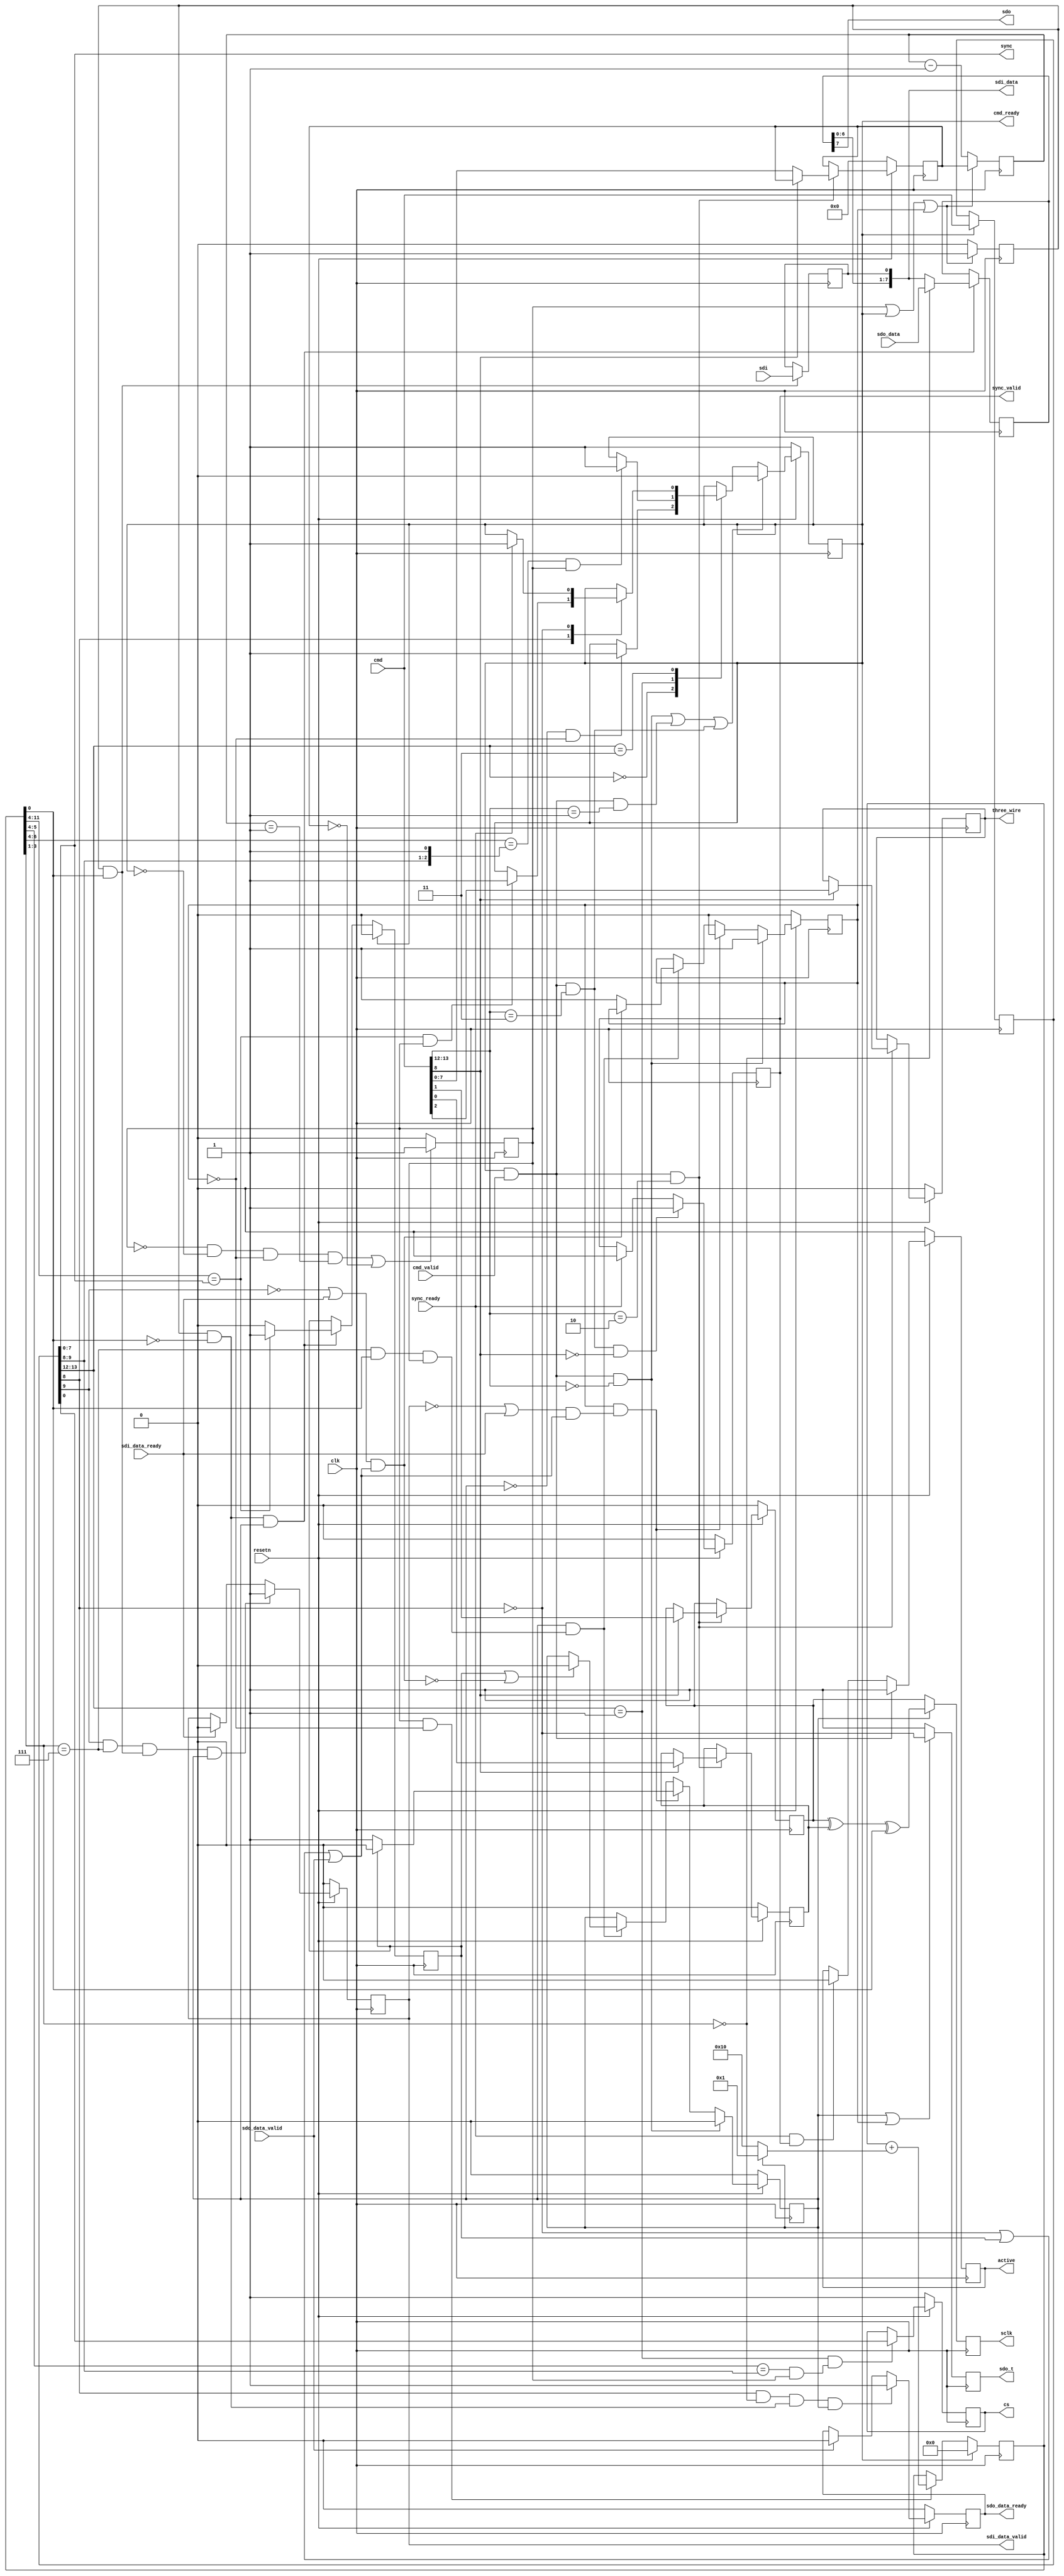
module spi_engine_execution (
	input clk,
	input resetn,

	output reg active,

	output cmd_ready,
	input cmd_valid,
	input [15:0] cmd,

	input sdo_data_valid,
	output reg sdo_data_ready,
	input [7:0] sdo_data,

	input sdi_data_ready,
	output reg sdi_data_valid,
	output [7:0] sdi_data,

	input sync_ready,
	output reg sync_valid,
	output [7:0] sync,

	output reg sclk,
	output sdo,
	output reg sdo_t,
	input sdi,
	output reg [NUM_OF_CS-1:0] cs,
	output reg three_wire
);

parameter NUM_OF_CS = 1;
parameter DEFAULT_SPI_CFG = 0;
parameter DEFAULT_CLK_DIV = 0;

localparam CMD_TRANSFER	= 2'b00;
localparam CMD_CHIPSELECT = 2'b01;
localparam CMD_WRITE = 2'b10;
localparam CMD_MISC = 2'b11;

localparam MISC_SYNC = 1'b0;
localparam MISC_SLEEP = 1'b1;

localparam REG_CLK_DIV = 1'b0;
localparam REG_CONFIG = 1'b1;

reg idle;

reg [7:0] clk_div_counter = 'h00;
reg [7:0] clk_div_counter_next = 'h00;
reg clk_div_last;

reg [11:0] counter = 'h00;

wire [7:0] sleep_counter = counter[11:4];
wire [1:0] cs_sleep_counter = counter[5:4];
wire [2:0] cs_sleep_counter2 = counter[6:4];
wire [2:0] bit_counter = counter[3:1];
wire [7:0] transfer_counter = counter[11:4];
wire ntx_rx = counter[0];

reg trigger = 1'b0;
reg trigger_next = 1'b0;
reg wait_for_io = 1'b0;
reg transfer_active = 1'b0;

wire last_bit;
wire first_bit;
reg last_transfer;
wire end_of_word;

assign first_bit = bit_counter == 'h0;
assign last_bit = bit_counter == 'h7;
assign end_of_word = last_bit == 1'b1 && ntx_rx == 1'b1 && clk_div_last == 1'b1;

reg [15:0] cmd_d1;

reg cpha = DEFAULT_SPI_CFG[0];
reg cpol = DEFAULT_SPI_CFG[1];
reg [7:0] clk_div = DEFAULT_CLK_DIV;

wire sdo_enabled = cmd_d1[8];
wire sdi_enabled = cmd_d1[9];

reg [8:0] data_shift = 'h0;

wire [1:0] inst = cmd[13:12];
wire [1:0] inst_d1 = cmd_d1[13:12];

wire exec_cmd = cmd_ready && cmd_valid;
wire exec_transfer_cmd = exec_cmd && inst == CMD_TRANSFER;
wire exec_write_cmd = exec_cmd && inst == CMD_WRITE;
wire exec_chipselect_cmd = exec_cmd && inst == CMD_CHIPSELECT;
wire exec_misc_cmd = exec_cmd && inst == CMD_MISC;
wire exec_sync_cmd = exec_misc_cmd && cmd[8] == MISC_SYNC;

assign cmd_ready = idle;

always @(posedge clk) begin
	if (cmd_ready)
		cmd_d1 <= cmd;
end

always @(posedge clk) begin
	if (resetn == 1'b0) begin
		active <= 1'b0;
	end else begin
		if (exec_cmd == 1'b1)
			active <= 1'b1;
		else if (sync_ready == 1'b1 && sync_valid == 1'b1)
			active <= 1'b0;
	end
end

always @(posedge clk) begin
	if (resetn == 1'b0) begin
		cpha <= DEFAULT_SPI_CFG[0];
		cpol <= DEFAULT_SPI_CFG[1];
		three_wire <= DEFAULT_SPI_CFG[2];
		clk_div <= DEFAULT_CLK_DIV;
	end else if (exec_write_cmd == 1'b1) begin
		 if (cmd[8] == REG_CONFIG) begin
			cpha <= cmd[0];
			cpol <= cmd[1];
			three_wire <= cmd[2];
		end else if (cmd[8] == REG_CLK_DIV) begin
			clk_div <= cmd[7:0];
		end
	end
end

always @(posedge clk) begin
	if ((clk_div_last == 1'b0 && idle == 1'b0 && wait_for_io == 1'b0 &&
		clk_div_counter == 'h01) || clk_div == 'h00)
		clk_div_last <= 1'b1;
	else
		clk_div_last <= 1'b0;
end

always @(posedge clk) begin
	if (clk_div_last == 1'b1 || idle == 1'b1 || wait_for_io == 1'b1) begin
		clk_div_counter <= clk_div;
		trigger <= 1'b1;
	end else begin
		clk_div_counter <= clk_div_counter - 1'b1;
		trigger <= 1'b0;
	end
end

wire trigger_tx = trigger == 1'b1 && ntx_rx == 1'b0;
wire trigger_rx = trigger == 1'b1 && ntx_rx == 1'b1;

wire sleep_counter_compare = sleep_counter == cmd_d1[7:0] && clk_div_last == 1'b1;
wire cs_sleep_counter_compare = cs_sleep_counter == cmd_d1[9:8] && clk_div_last == 1'b1;
wire cs_sleep_counter_compare2 = cs_sleep_counter2 == {cmd_d1[9:8],1'b1} && clk_div_last == 1'b1;

always @(posedge clk) begin
	if (idle == 1'b1)
		counter <= 'h00;
	else if (clk_div_last == 1'b1 && wait_for_io == 1'b0)
		counter <= counter + (transfer_active ? 'h1 : 'h10);
end

always @(posedge clk) begin
	if (resetn == 1'b0) begin
		idle <= 1'b1;
	end else begin
		if (exec_transfer_cmd || exec_chipselect_cmd || exec_misc_cmd) begin
			idle <= 1'b0;
		end else begin
			case (inst_d1)
			CMD_TRANSFER: begin
				if (transfer_active == 1'b0 && wait_for_io == 1'b0)
					idle <= 1'b1;
			end
			CMD_CHIPSELECT: begin
				if (cs_sleep_counter_compare2)
					idle <= 1'b1;
			end
			CMD_MISC: begin
				case (cmd_d1[8])
				MISC_SLEEP: begin
					if (sleep_counter_compare)
						idle <= 1'b1;
				end
				MISC_SYNC: begin
					if (sync_ready)
						idle <= 1'b1;
				end
				endcase
			end
			endcase
		end
	end
end

always @(posedge clk) begin
	if (resetn == 1'b0) begin
		cs <= 'hff;
	end else if (inst_d1 == CMD_CHIPSELECT && cs_sleep_counter_compare == 1'b1) begin
		cs <= cmd_d1[NUM_OF_CS-1:0];
	end
end

always @(posedge clk) begin
	if (resetn == 1'b0) begin
		sync_valid <= 1'b0;
	end else begin
		if (exec_sync_cmd == 1'b1) begin
			sync_valid <= 1'b1;
		end else if (sync_ready == 1'b1) begin
			sync_valid <= 1'b0;
		end
	end
end

assign sync = cmd_d1[7:0];

always @(posedge clk) begin
	if (resetn == 1'b0)
		sdo_data_ready <= 1'b0;
	else if (sdo_enabled == 1'b1 && first_bit == 1'b1 && trigger_tx == 1'b1 &&
		transfer_active == 1'b1)
		sdo_data_ready <= 1'b1;
	else if (sdo_data_valid == 1'b1)
		sdo_data_ready <= 1'b0;
end

always @(posedge clk) begin
	if (resetn == 1'b0)
		sdi_data_valid <= 1'b0;
	else if (sdi_enabled == 1'b1 && last_bit == 1'b1 && trigger_rx == 1'b1 &&
		transfer_active == 1'b1)
		sdi_data_valid <= 1'b1;
	else if (sdi_data_ready == 1'b1)
		sdi_data_valid <= 1'b0;
end

wire io_ready1 = (sdi_data_valid == 1'b0 || sdi_data_ready == 1'b1) &&
	(sdo_enabled == 1'b0 || last_transfer == 1'b1 || sdo_data_valid == 1'b1);
wire io_ready2 = (sdi_enabled == 1'b0 || sdi_data_ready == 1'b1) &&
	(sdo_enabled == 1'b0 || last_transfer == 1'b1 || sdo_data_valid == 1'b1);

always @(posedge clk) begin
	if (idle == 1'b1) begin
		last_transfer <= 1'b0;
	end else if (trigger_tx == 1'b1 && transfer_active == 1'b1) begin
		if (transfer_counter == cmd_d1[7:0])
			last_transfer <= 1'b1;
		else
			last_transfer <= 1'b0;
	end
end

always @(posedge clk) begin
	if (resetn == 1'b0) begin
		transfer_active <= 1'b0;
		wait_for_io <= 1'b0;
	end else begin
		if (exec_transfer_cmd == 1'b1) begin
			wait_for_io <= 1'b1;
			transfer_active <= 1'b0;
		end else if (wait_for_io == 1'b1 && io_ready1 == 1'b1) begin
			wait_for_io <= 1'b0;
			if (last_transfer == 1'b0)
				transfer_active <= 1'b1;
			else
				transfer_active <= 1'b0;
		end else if (transfer_active == 1'b1 && end_of_word == 1'b1) begin
			if (last_transfer == 1'b1 || io_ready2 == 1'b0)
				transfer_active <= 1'b0;
			if (io_ready2 == 1'b0)
				wait_for_io <= 1'b1;
		end
	end
end

always @(posedge clk) begin
	if (transfer_active == 1'b1 || wait_for_io == 1'b1)
	begin
		sdo_t <= ~sdo_enabled;
	end else begin
		sdo_t <= 1'b1;
	end
end

always @(posedge clk) begin
	if (transfer_active == 1'b1 && trigger_tx == 1'b1) begin
		if (first_bit == 1'b1)
			data_shift[8:1] <= sdo_data;
		else
			data_shift[8:1] <= data_shift[7:0];
	end
end

assign sdo = data_shift[8];
assign sdi_data = data_shift[7:0];

always @(posedge clk) begin
	if (trigger_rx == 1'b1) begin
		data_shift[0] <= sdi;
	end
end

always @(posedge clk) begin
	if (transfer_active == 1'b1) begin
		sclk <= cpol ^ cpha ^ ntx_rx;
	end else begin
		sclk <= cpol;
	end
end

endmodule